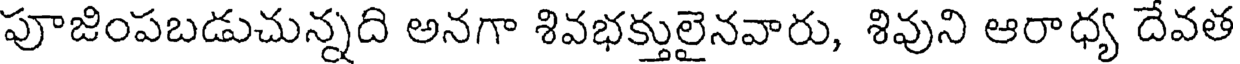
పూజింపబడుచున్నది అనగా శివభక్తులైనవారు, శివుని ఆరాధ్య దేవత